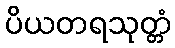
ပိယတရသုတ္တံ